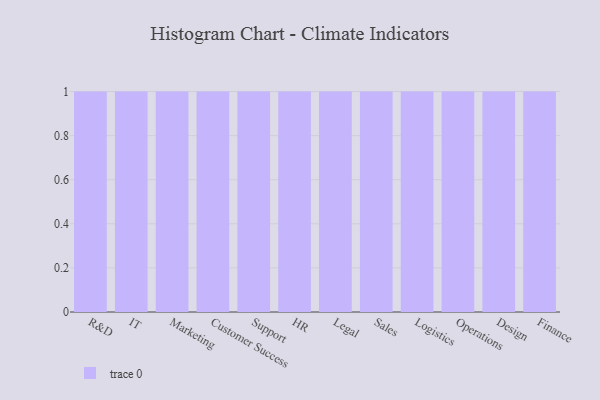
{"axis": {"x": "Department", "y": "Net Income (USD K)"}, "legend": [""], "data": [{"x": "R&D", "y": 6, "type": ""}, {"x": "IT", "y": 5, "type": ""}, {"x": "Marketing", "y": 97, "type": ""}, {"x": "Customer Success", "y": 42, "type": ""}, {"x": "Support", "y": 95, "type": ""}, {"x": "HR", "y": 35, "type": ""}, {"x": "Legal", "y": 98, "type": ""}, {"x": "Sales", "y": 10, "type": ""}, {"x": "Logistics", "y": 39, "type": ""}, {"x": "Operations", "y": 6, "type": ""}, {"x": "Design", "y": 23, "type": ""}, {"x": "Finance", "y": 59, "type": ""}]}